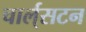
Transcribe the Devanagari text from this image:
चार्ल्‌सटन